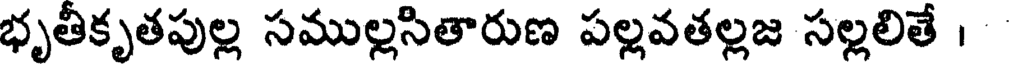
భృతీకృతపుల్ల సముల్లసితారుణ పల్లవతల్లజ సల్లలితే ।